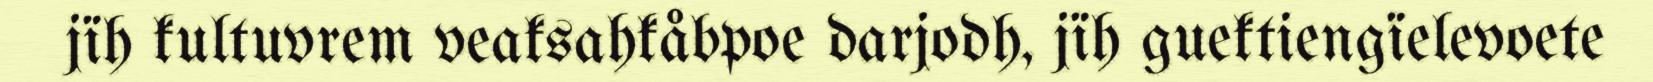
jïh kultuvrem veaksahkåbpoe darjodh, jïh guektiengïelevoete